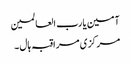
آمین یا رب العالمین
مرکزی مراقبہ ہال ۔